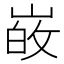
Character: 𭖸